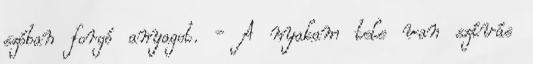
szóban forgó anyagot. - A nyakam tele van szívás